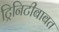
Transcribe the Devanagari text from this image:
ट्रिनिटीबाबत